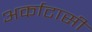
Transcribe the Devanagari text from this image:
अर्काटासी